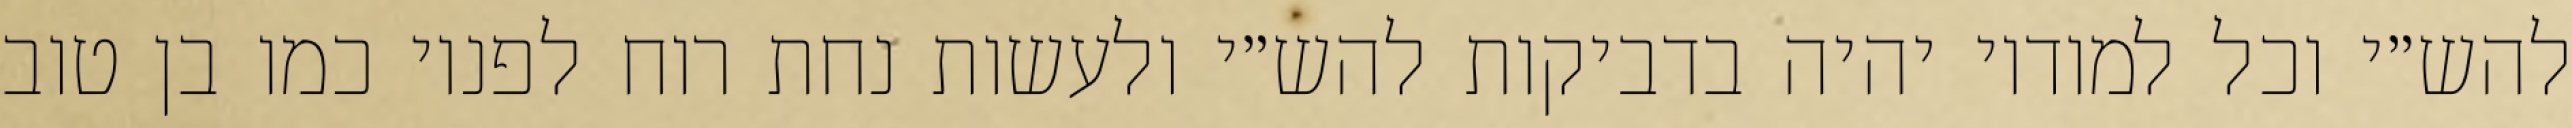
להש״י וכל למודיו יהיה בדביקות להש״י ולעשות נחת רוח לפניו כמו בן טוב